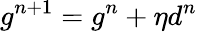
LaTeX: g^{n+1}=g^{n}+\eta d^{n}